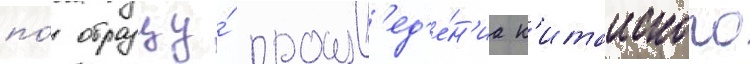
по́ образцу́ произв'ед'е́н'иа к'итаиского